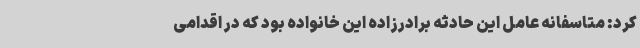
کرد: متاسفانه عامل این حادثه برادرزاده این خانواده بود که در اقدامی